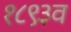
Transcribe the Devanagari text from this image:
१८९३व